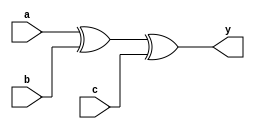
module xor_3b( output wire y,input wire a, input wire b, input wire c);
    wire ab; // Intermediate wires
    xor (ab, a, b); // XOR gate for a and b
    xor (y, ab, c); // XOR gate for ab and c
endmodule